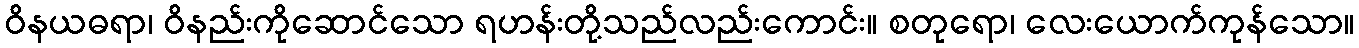
ဝိနယဓရာ၊ ဝိနည်းကိုဆောင်သော ရဟန်းတို့သည်လည်းကောင်း။ စတုရော၊ လေးယောက်ကုန်သော။